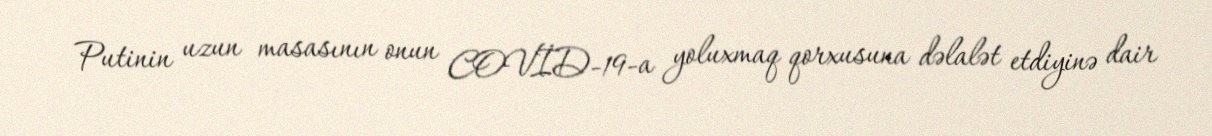
Putinin uzun masasının onun COVİD-19-a yoluxmaq qorxusuna dəlalət etdiyinə dair